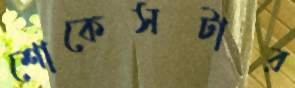
শোকেসটার